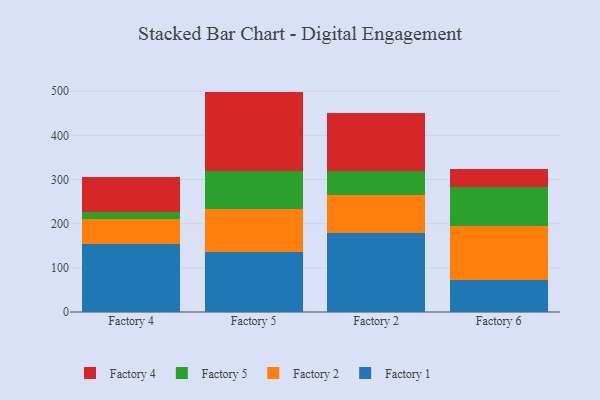
{"axis": {"x": "Factory", "y": "Churn Rate (%)"}, "legend": ["Factory 1", "Factory 2", "Factory 4", "Factory 5"], "data": [{"x": "Factory 4", "y": 154.6, "type": "Factory 1"}, {"x": "Factory 4", "y": 56.8, "type": "Factory 2"}, {"x": "Factory 4", "y": 14.2, "type": "Factory 5"}, {"x": "Factory 4", "y": 81.0, "type": "Factory 4"}, {"x": "Factory 5", "y": 136.7, "type": "Factory 1"}, {"x": "Factory 5", "y": 96.1, "type": "Factory 2"}, {"x": "Factory 5", "y": 86.3, "type": "Factory 5"}, {"x": "Factory 5", "y": 179.9, "type": "Factory 4"}, {"x": "Factory 2", "y": 179.8, "type": "Factory 1"}, {"x": "Factory 2", "y": 84.1, "type": "Factory 2"}, {"x": "Factory 2", "y": 55.2, "type": "Factory 5"}, {"x": "Factory 2", "y": 130.5, "type": "Factory 4"}, {"x": "Factory 6", "y": 72.1, "type": "Factory 1"}, {"x": "Factory 6", "y": 121.9, "type": "Factory 2"}, {"x": "Factory 6", "y": 88.4, "type": "Factory 5"}, {"x": "Factory 6", "y": 41.7, "type": "Factory 4"}]}